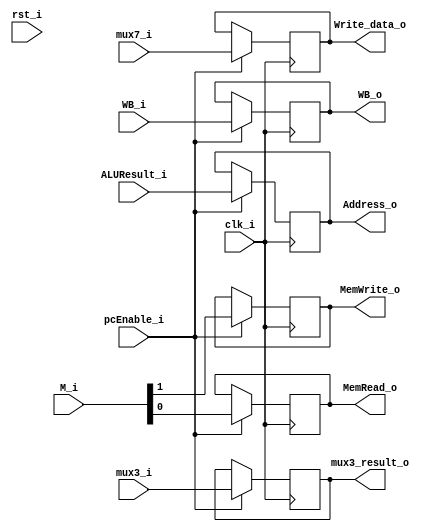
module EX_MEM(
	clk_i,
	rst_i,
    WB_i, 
    M_i,
    ALUResult_i, 
    mux7_i,
   	mux3_i, 
    pcEnable_i,
    WB_o,
    MemRead_o,
    MemWrite_o,
    Address_o,
	Write_data_o,
	mux3_result_o
);

input clk_i, rst_i,pcEnable_i;
input [1:0] WB_i, M_i;
input [31:0] ALUResult_i, mux7_i; 
input [4:0] mux3_i;     
output reg[1:0] WB_o;
output reg MemRead_o, MemWrite_o;
output reg[31:0] Address_o, Write_data_o; 
output reg[4:0] mux3_result_o; 	
	
always@(posedge clk_i)begin
	if(pcEnable_i) begin	
		WB_o <= WB_i;
		MemRead_o <= M_i[0:0];
		MemWrite_o <= M_i[1:1];			
		Address_o <= ALUResult_i;
		Write_data_o <= mux7_i;
		mux3_result_o <= mux3_i;
	end
	else begin
		WB_o <= WB_o;
		MemRead_o <= MemRead_o;
		MemWrite_o <= MemWrite_o;			
		Address_o <= Address_o;
		Write_data_o <= Write_data_o;
		mux3_result_o <= mux3_result_o;
	end
end
endmodule